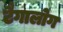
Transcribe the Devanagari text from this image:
टैगालोग